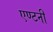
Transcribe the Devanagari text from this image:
एण्टनी